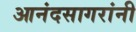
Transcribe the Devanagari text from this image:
आनंदसागरांनी